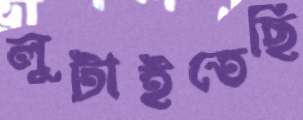
লুটাইতেছি